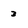
Character: 3